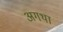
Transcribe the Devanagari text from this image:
अगथा